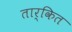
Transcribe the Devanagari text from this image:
तार्कित